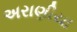
અરાણીયા